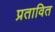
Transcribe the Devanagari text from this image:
प्रतावित